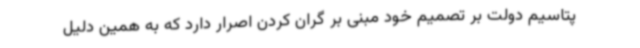
پتاسیم دولت بر تصمیم خود مبنی بر گران کردن اصرار دارد که به همین دلیل